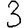
Digit: 3